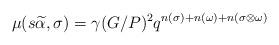
LaTeX: \begin{align*} \mu(s\widetilde{\alpha},\sigma)=\gamma(G/P)^2q^{n(\sigma)+n(\omega)+n(\sigma\otimes\omega)}\end{align*}